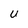
Character: U